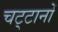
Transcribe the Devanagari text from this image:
चट्‌टानों